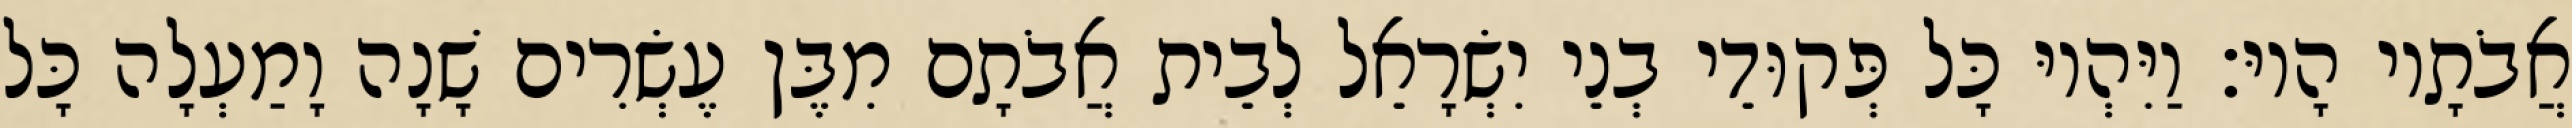
אֲבֹתָיו הָיוּ׃ וַיִּהְיוּ כָּל פְּקוּדֵי בְנֵי יִשְׂרָאֵל לְבֵית אֲבֹתָם מִבֶּן עֶשְׂרִים שָׁנָה וָמַעְלָה כָּל